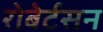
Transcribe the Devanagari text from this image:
रोबेर्टसन